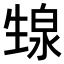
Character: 𬎺